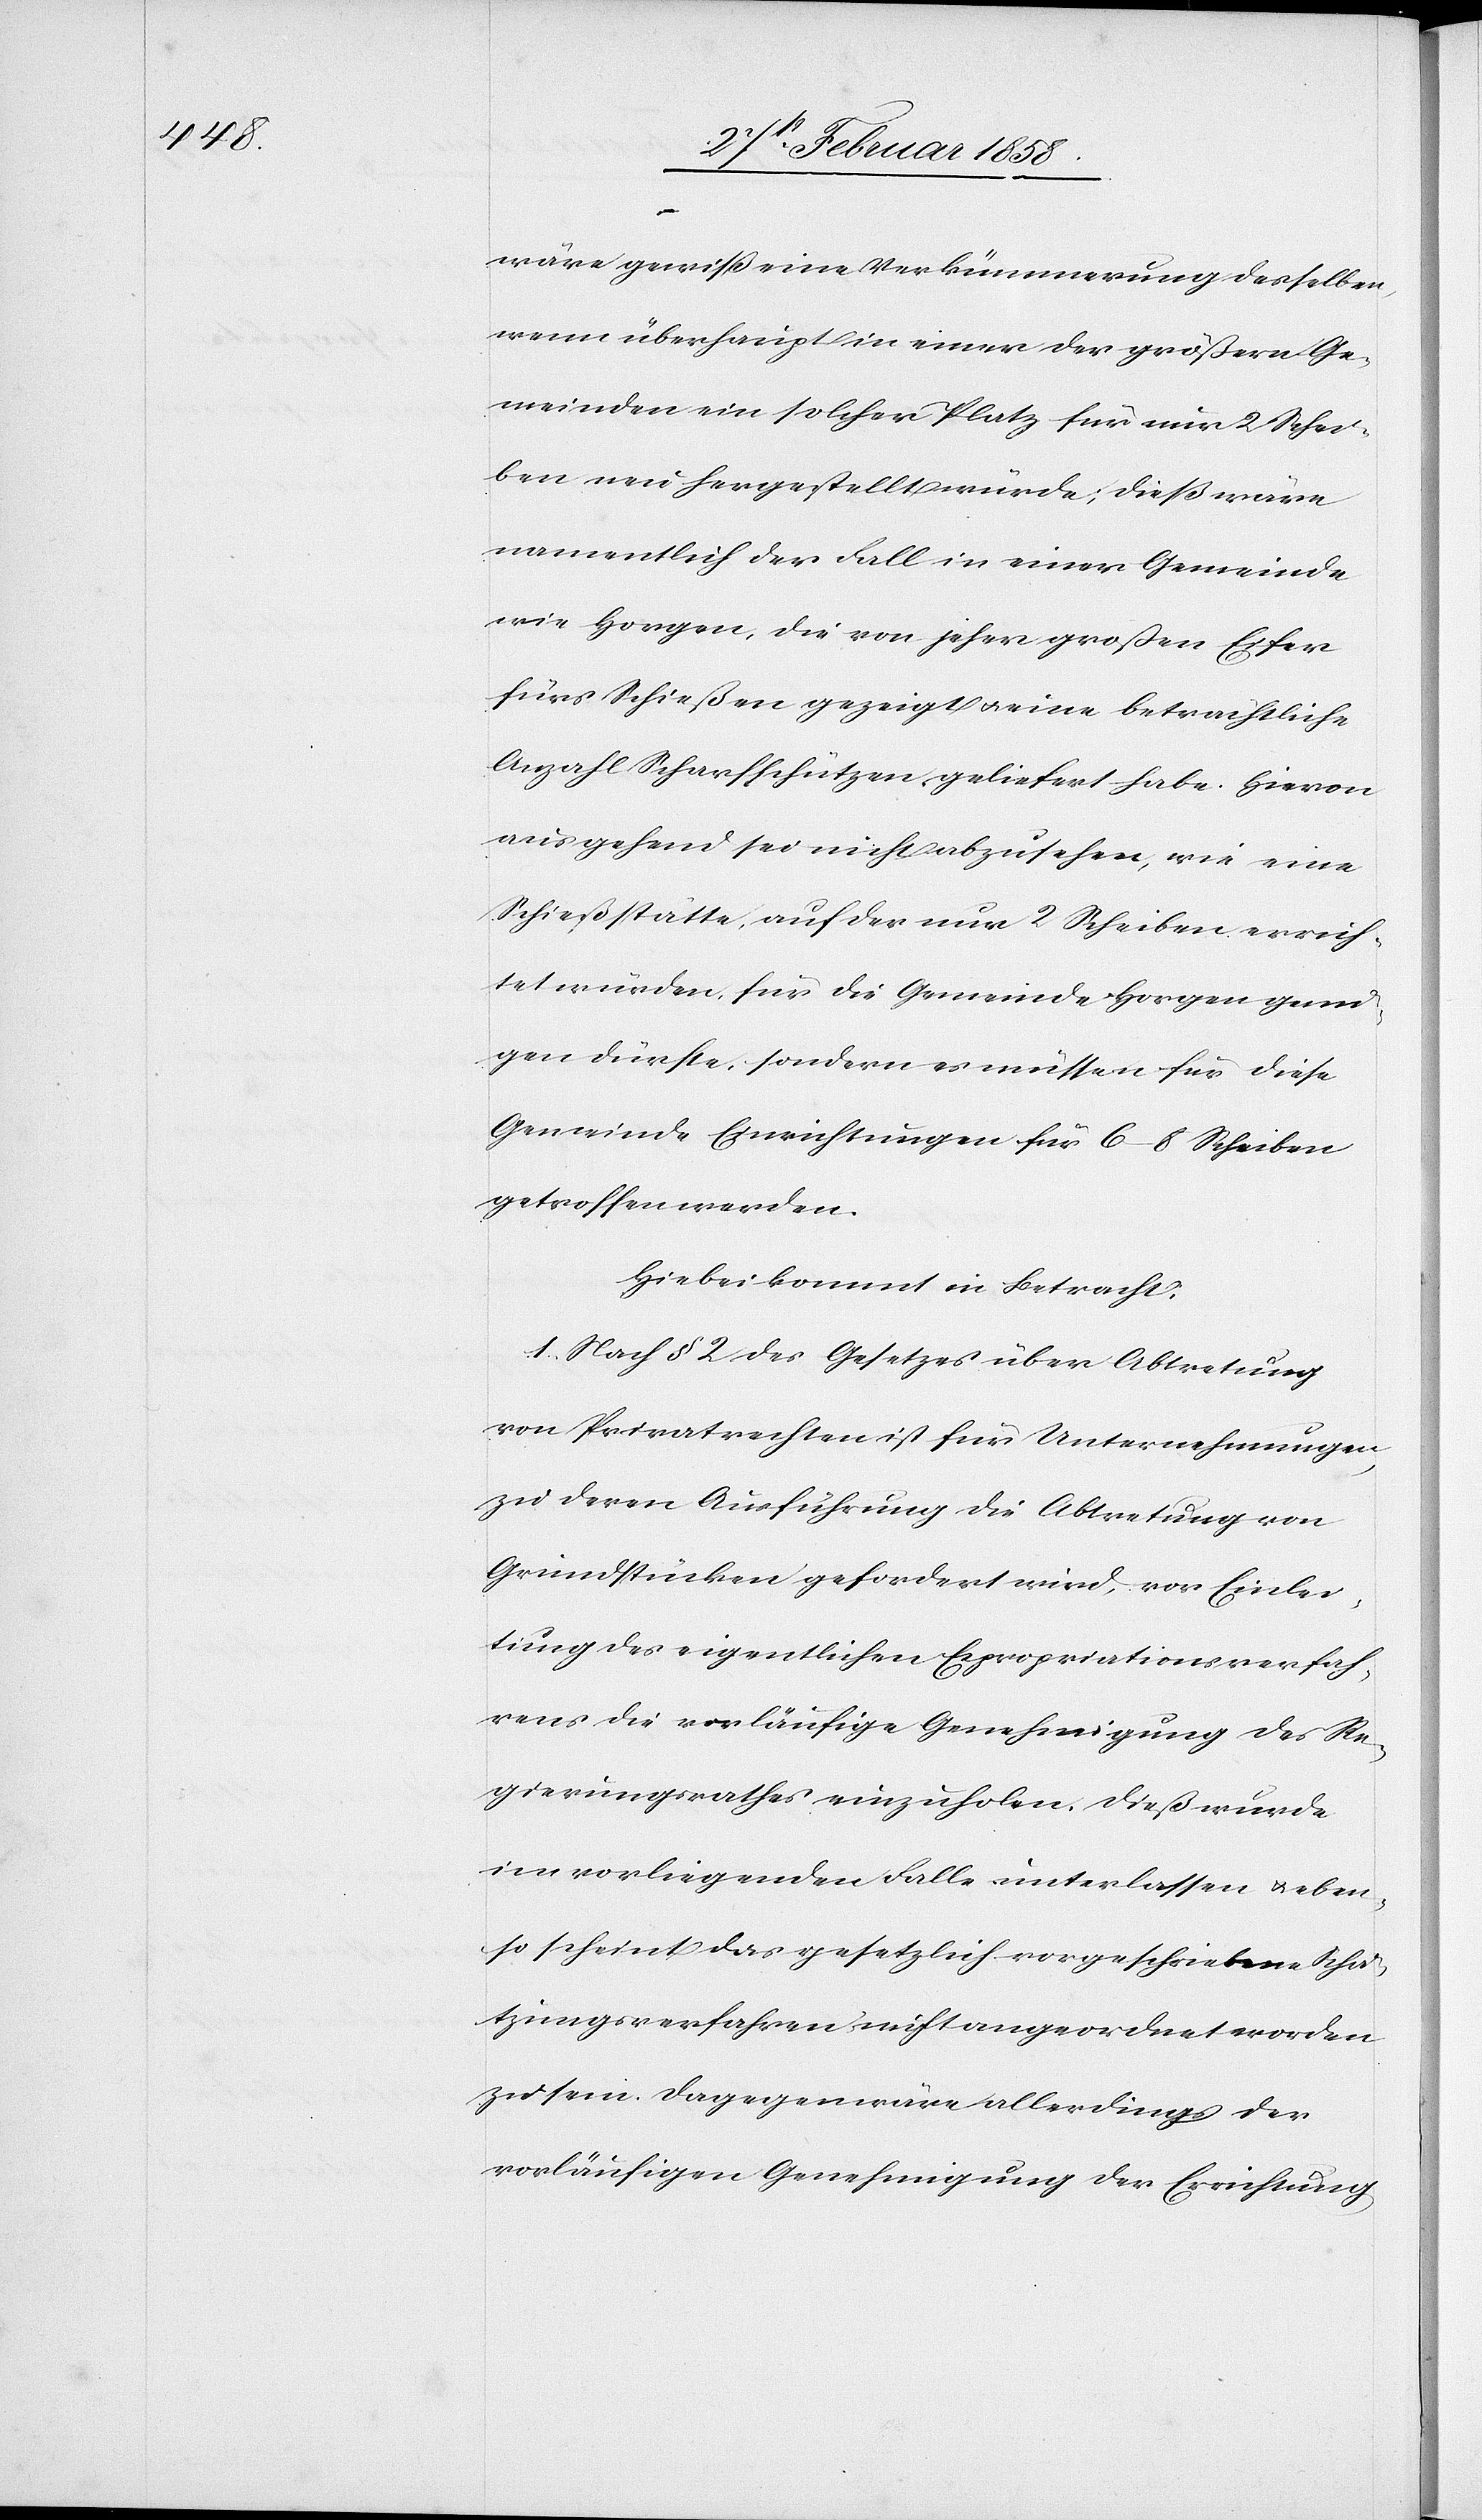
wäre gewiß eine Verkümmerung desselben,
wenn überhaupt in einer der größern Ge¬
meinden ein solcher Platz für nur 2 Schei¬
ben neu hergestellt würde; dieß wäre
namentlich der Fall in einer Gemeinde
wie Horgen, die von jeher großen Eifer
fürs Schießen gezeigt u. eine beträchtliche
Anzahl Scharfschützen geliefert habe. Hievon
ausgehend sei nicht abzusehen, wie eine
Schießstätte, auf der nur 2 Scheiben errich¬
tet würden, für die Gemeinde Horgen genü¬
gen dürfte, sondern es müssen für diese
Gemeinde Einrichtungen für 6–8 Scheiben
getroffen werden.
Hiebei kommt in Betracht:
1. Nach § 2 des Gesetzes über Abtretung
von Privatrechten ist für Unternehmungen,
zu deren Ausführung die Abtretung von
Grundstücken gefordert wird, vor Einlei¬
tung des eigentlichen Expropriationsverfah¬
rens die vorläufige Genehmigung des Re¬
gierungsrathes einzuholen. Dieß wurde
im vorliegenden Falle unterlassen u. eben¬
so scheint das gesetzlich vorgeschriebene Schä¬
tzungsverfahren nicht angeordnet worden
zu sein. Dagegen wäre allerdings der
vorläufigen Genehmigung der Errichtung